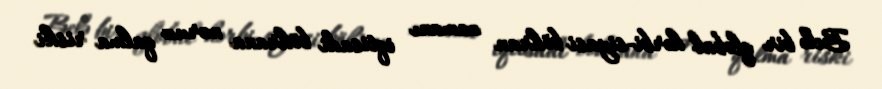
Belə bir qlobal hərbi-siyasi böhran zamanı iqtisadi böhrana məruz qalma riski